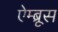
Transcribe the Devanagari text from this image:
ऐम्ब्रूस